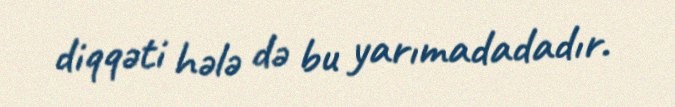
diqqəti hələ də bu yarımadadadır.